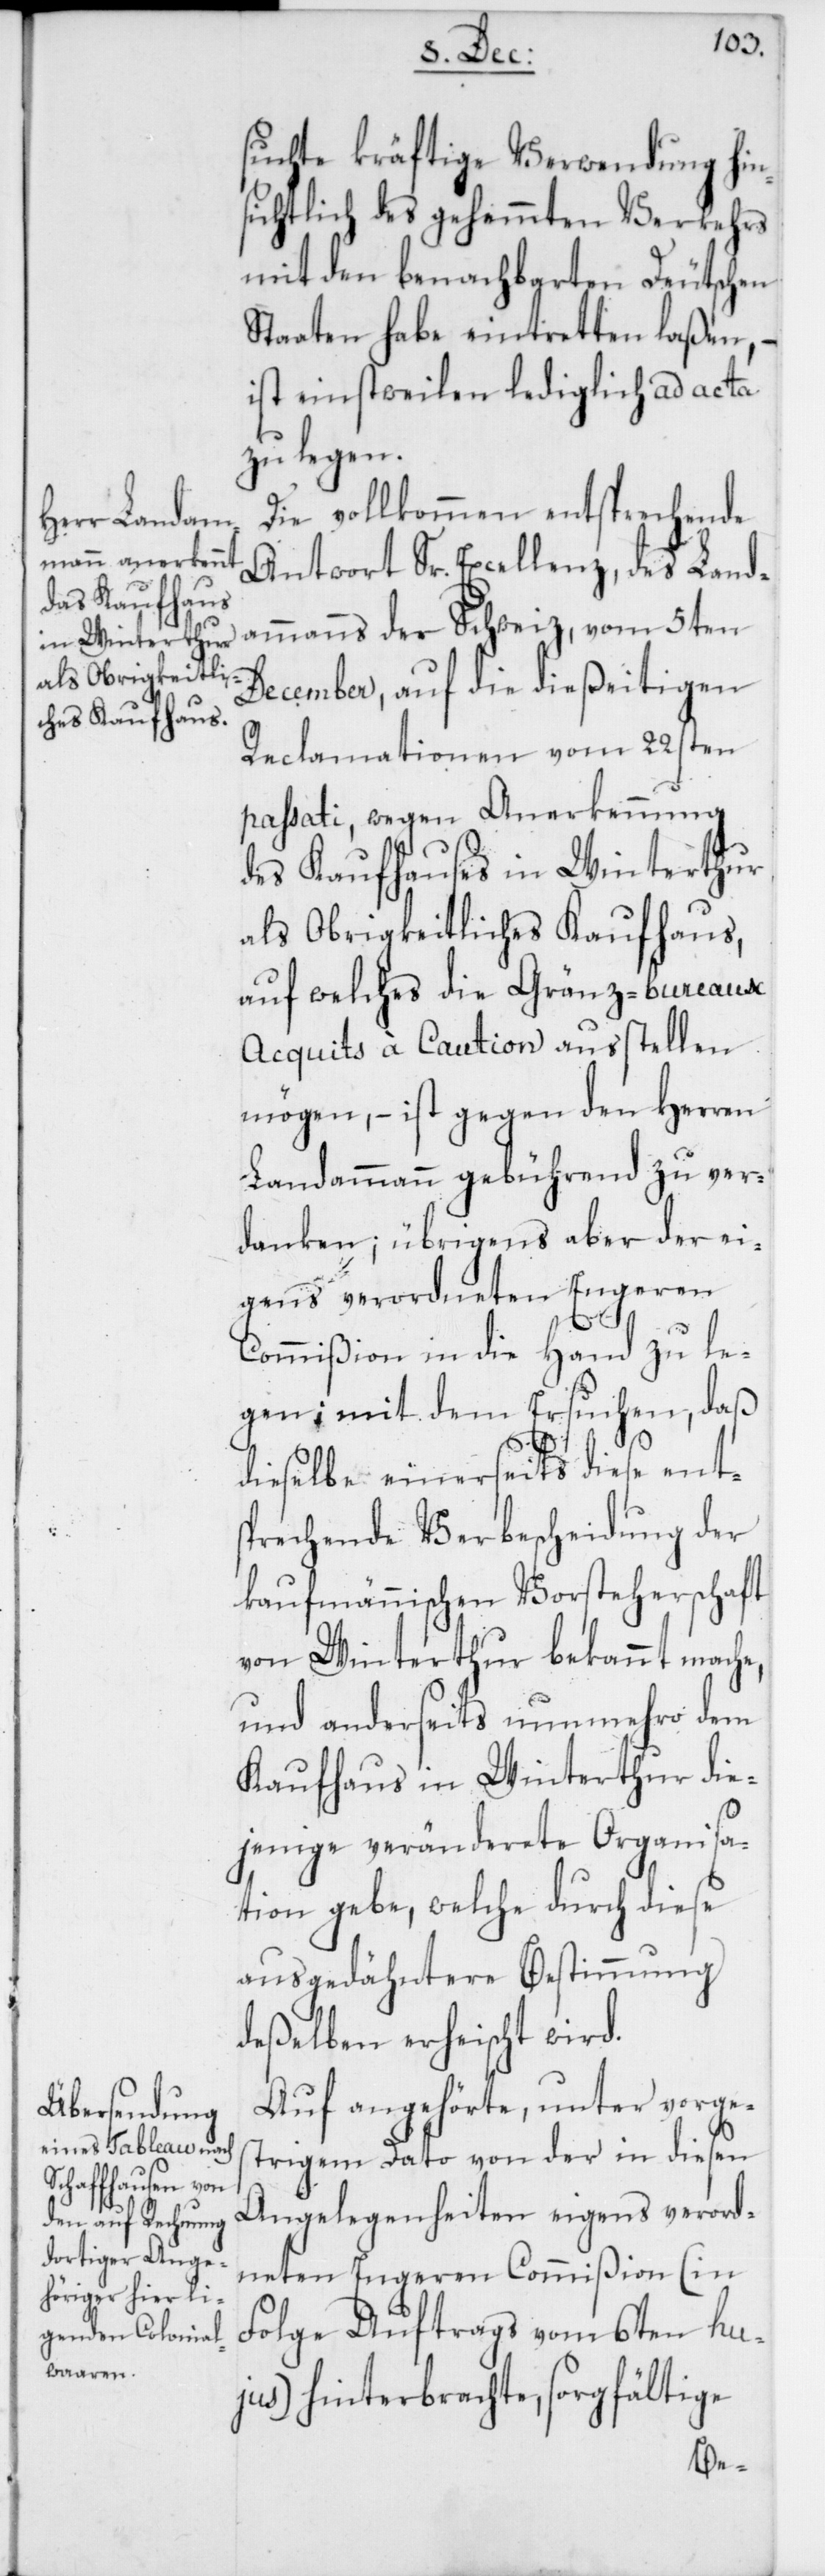
suchte kräftige Verwendung hin¬
sichtlich des gehemmten Verkehrs
mit den benachbarten Deutschen
Staaten habe eintretten laßen, –
ist einstweilen lediglich ad acta
zu legen.
Die vollkommen entsprechende
Antwort Sr. Excellenz, des Land¬
ammanns der Schweiz, vom 5ten
December, auf die dießeitigen
Reclamationen vom 22sten
passati, wegen Anerkennung
des Kaufhauses in Winterthur
als Obrigkeitliches Kaufhaus,
auf welches die Gränz-bureaux
Acquits à Caution ausstellen
mögen, – ist gegen den Herren
Landammann gebührend zu ver¬
danken; übrigens aber der ei¬
gens verordneten Engeren
Commißion in die Hand zu le¬
gen; mit dem Ersuchen, daß
dieselbe einerseits diese ent¬
sprechende Verbescheidung der
kaufmännischen Vorsteherschaft
von Winterthur bekannt mache,
und anderseits nunmehro dem
Kaufhaus in Winterthur die¬
jenige veränderete Organisa¬
tion gebe, welche durch diese
ausgedähntere Bestimmung
deßelben erheischt wird.
Auf angehörte, unter vorges¬
trigem Dato von der in diesen
Angelegenheiten eigens verord¬
neten Engeren Commißion (in
Folge Auftrags vom 6ten hu¬
jus) hinterbrachte, sorgfältige